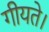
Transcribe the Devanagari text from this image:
गीयते।